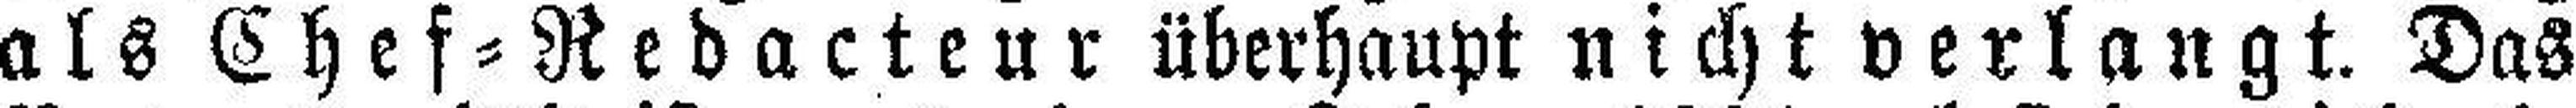
als Chef=Redacteur überhaupt nicht verlangt. Das